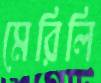
মেরিলি